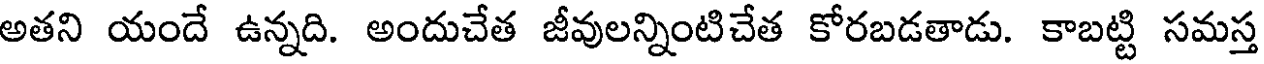
అతని యందే ఉన్నది. అందుచేత జీవులన్నింటిచేత కోరబడతాడు. కాబట్టి సమస్త